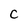
Character: C